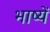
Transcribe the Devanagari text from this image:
भाष्यें